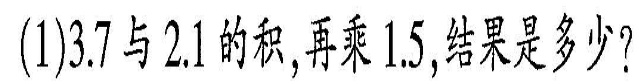
(1)3.7与2.1的积再乘1.5，结是多少?